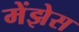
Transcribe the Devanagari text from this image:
मेंझेस